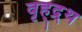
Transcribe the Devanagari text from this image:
वृह्द्र्थ